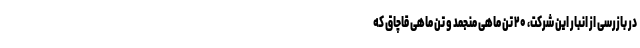
در بازرسی از انبار این شرکت، ۲۰ تن ماهی منجمد و تنِ ماهی قاچاق که